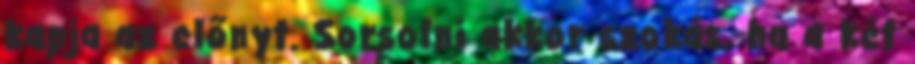
kapja az előnyt. Sorsolni akkor szokás, ha a két